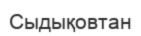
Сыдықовтан